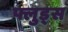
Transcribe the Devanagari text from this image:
फ्लुड्स